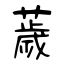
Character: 薉